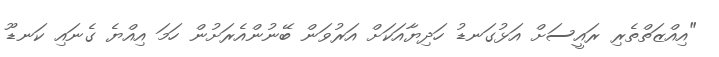
"އިއްޒަތްތެރި ރައީސަށް އަޅުގަނޑު ހަދިިޔާއަކަށް އަރުވަން ބޭނުންއެރަށުން ހަމަ އިއްޔެ ގެނައި ކަނޑޫ